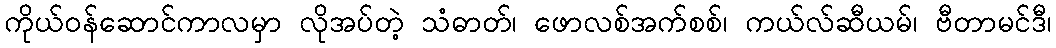
ကိုယ်ဝန်ဆောင်ကာလမှာ လိုအပ်တဲ့ သံဓာတ်၊ ဖောလစ်အက်စစ်၊ ကယ်လ်ဆီယမ်၊ ဗီတာမင်ဒီ၊